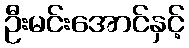
ဦးမင်းအောင်နှင့်